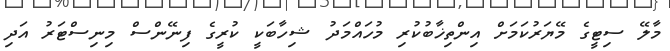
މާލޭ ސިޓީގެ މޭޔަރުކަމަށް އިންތިޚާބުކުރި މުހައްމަދު ޝިހާބަކީ ކުރީގެ ފިނޭންސް މިނިސްޓަރު އަދި